Vaccination in the Punjab 1867-1880 - 1867-1880
Year: 1867
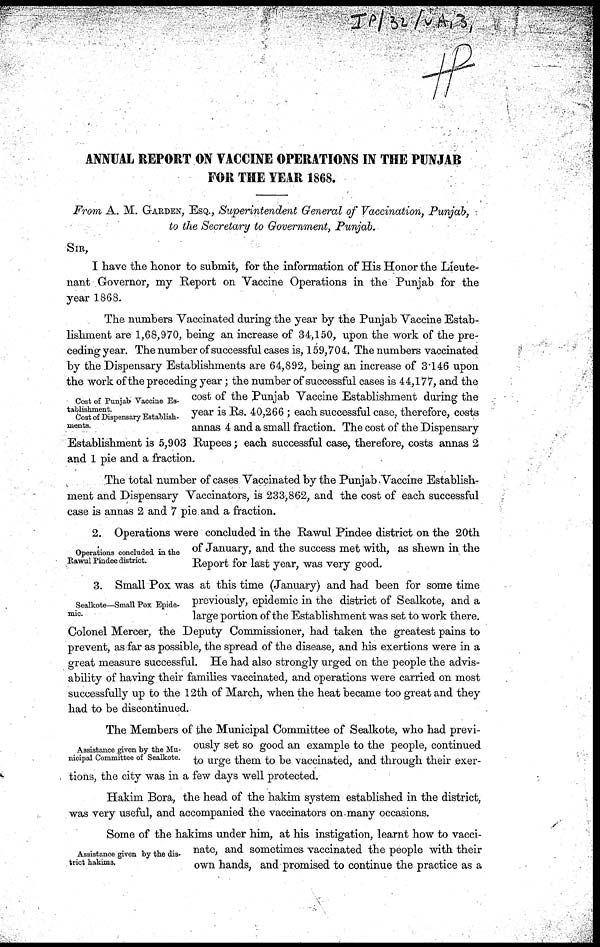
ANNUAL REPORT ON VACCINE OPERATIONS IN THE PUNJAB
FOR THE YEAR 1868.
From A. M. GARDEN, ESQ., Superintendent General of Vaccination, Punjab,
to the Secretary to Government, Punjab.
SIR,
I have the honor to submit, for the information of His Honor the Lieute-
nant Governor, my Report on Vaccine Operations in the Punjab for the
year 1868.
Cost of Punjab Vaccine Es-
tablishment.
Cost of Dispensary Establish-
ments.
The numbers Vaccinated during the year by the Punjab Vaccine Estab-
lishment are 1,68,970, being an increase of 34,150, upon the work of the pre-
ceding year. The number of successful cases is, 159,704. The numbers vaccinated
by the Dispensary Establishments are 64,892, being an increase of 3.146 upon
the work of the preceding year; the number of successful cases is 44,177, and the
cost of the Punjab Vaccine Establishment during the
year is Rs. 40,266 ; each successful case, therefore, costs
annas 4 and a small fraction. The cost of the Dispensary
Establishment is 5,903 Rupees; each successful case, therefore, costs annas 2
and 1 pie and a fraction.
The total number of cases Vaccinated by the Punjab Vaccine Establish-
ment and Dispensary Vaccinators, is 233,862, and the cost of each successful
case is annas 2 and 7 pie and a fraction.
Operations concluded in the
Rawul Pindee district.
2. Operations were concluded in the Rawul Pindee district on the 20th
of January, and the success met with, as shewn in the
Report for last year, was very good.
Sealkote—Small Pox Epide-
mic.
3. Small Pox was at this time (January) and had been for some time
previously, epidemic in the district of Sealkote, and a
large portion of the Establishment was set to work there.
Colonel Mercer, the Deputy Commissioner, had taken the greatest pains to
prevent, as far as possible, the spread of the disease, and his exertions were in a
great measure successful. He had also strongly urged on the people the advis-
ability of having their families vaccinated, and operations were carried on most
successfully up to the 12th of March, when the heat became too great and they
had to be discontinued.
Assistance given by the Mu-
nicipal Committee of Sealkote.
The Members of the Municipal Committee of Sealkote, who had previ-
ously set so good an example to the people, continued
to urge them to be vaccinated, and through their exer-
tions, the city was in a few days well protected.
Hakim Bora, the head of the hakim system established in the district,
was very useful, and accompanied the vaccinators on many occasions.
Assistance given by the dis-
trict hakims.
Some of the hakims under him, at his instigation, learnt how to vacci-
nate, and sometimes vaccinated the people with their
own hands, and promised to continue the practice as a